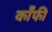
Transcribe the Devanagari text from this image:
कॉॅफी